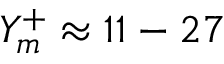
Y _ { m } ^ { + } \approx 1 1 - 2 7